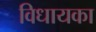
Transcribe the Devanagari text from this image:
विधायका